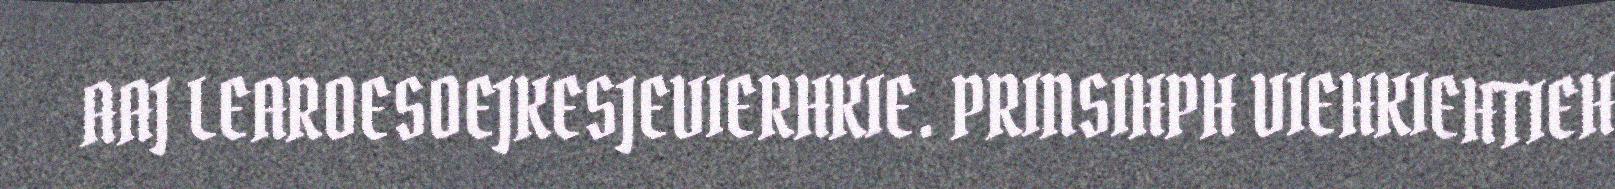
AAJ LEAROESOEJKESJEVIERHKIE. PRINSIHPH VIEHKIEHTIEH